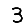
Digit: 3